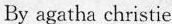
By agatha christie